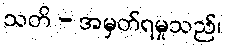
သတိ - အမှတ်ရမှုသည်၊